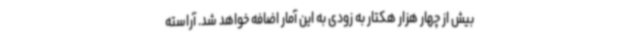
بیش از چهار هزار هکتار به زودی به این آمار اضافه خواهد شد. آراسته